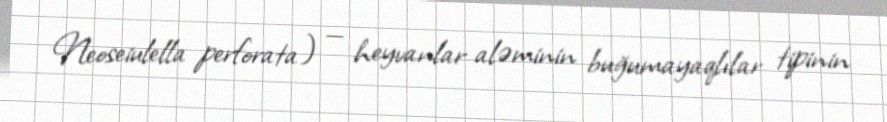
Neoseiulella perforata) — heyvanlar aləminin buğumayaqlılar tipinin